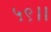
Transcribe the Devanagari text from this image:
५९।।